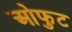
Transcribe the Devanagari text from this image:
ओफुट